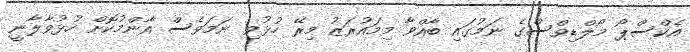
އެކްސްޕޯ މޯލްޑިވްސްގެ ނަމުގައި ބާއްވާ މިމައުރަޒު މިރޭ ހުޅުވި ނަމަވެސް އާންމުކޮށް ހުޅުވާލާނީ